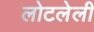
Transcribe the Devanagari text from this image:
लोटलेली